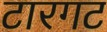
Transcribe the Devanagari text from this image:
टारगट